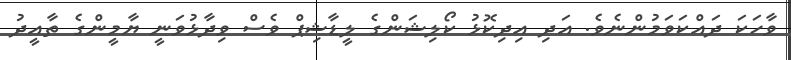
ވާހަކަ ދައްކަވަމުންނެވެ. އަދި އިދިކޮޅު ކޯލިޝަންގެ ލީޑާޝިޕް ވެސް ވިދާޅުވަނީ ޔާމީންގެ ތާއީދު